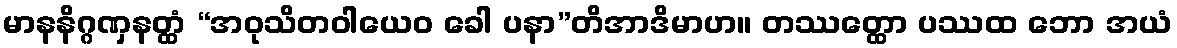
မာနနိဂ္ဂဏှနတ္ထံ “အဝုသိတဝါယေဝ ခေါ ပနာ”တိအာဒိမာဟ။ တဿတ္ထော ပဿထ ဘော အယံ